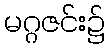
မဂ္ဂဇင်း၌